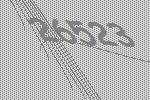
26523